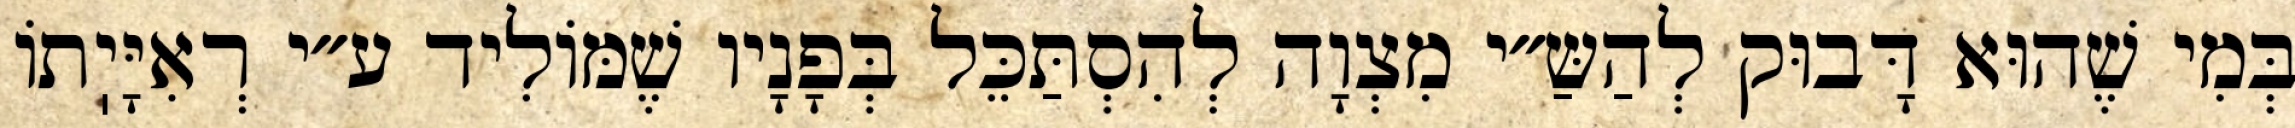
בְּמִי שֶׁהוּא דָּבוּק לְהַשַּ״י מִצְוָה לְהִסְתַּכֵּל בְּפָנָיו שֶׁמּוֹלִיד ע״י רְאִיָּיֽתוֹ